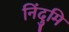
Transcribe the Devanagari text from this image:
निंदुमि